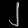
Digit: ၂